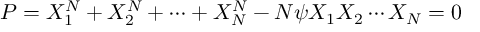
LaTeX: P = X _ { 1 } ^ { N } + X _ { 2 } ^ { N } + \cdots + X _ { N } ^ { N } - N \psi X _ { 1 } X _ { 2 } \cdots X _ { N } = 0